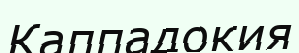
Каппадокия